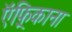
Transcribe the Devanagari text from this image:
ऍफ़्रिकाना